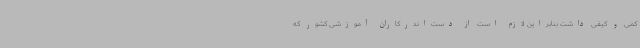
کمی و کیفی داشت بنابراین لازم است از دست‌اندرکاران آموزشی کشور که